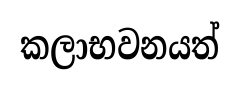
කලාභවනයත්